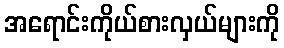
အရောင်းကိုယ်စားလှယ်များကို